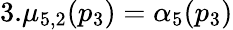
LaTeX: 3.\mu_{5,2}(p_{3})=\alpha_{5}(p_{3})